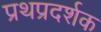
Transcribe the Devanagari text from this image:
प्रथप्रदर्शक